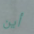
أين